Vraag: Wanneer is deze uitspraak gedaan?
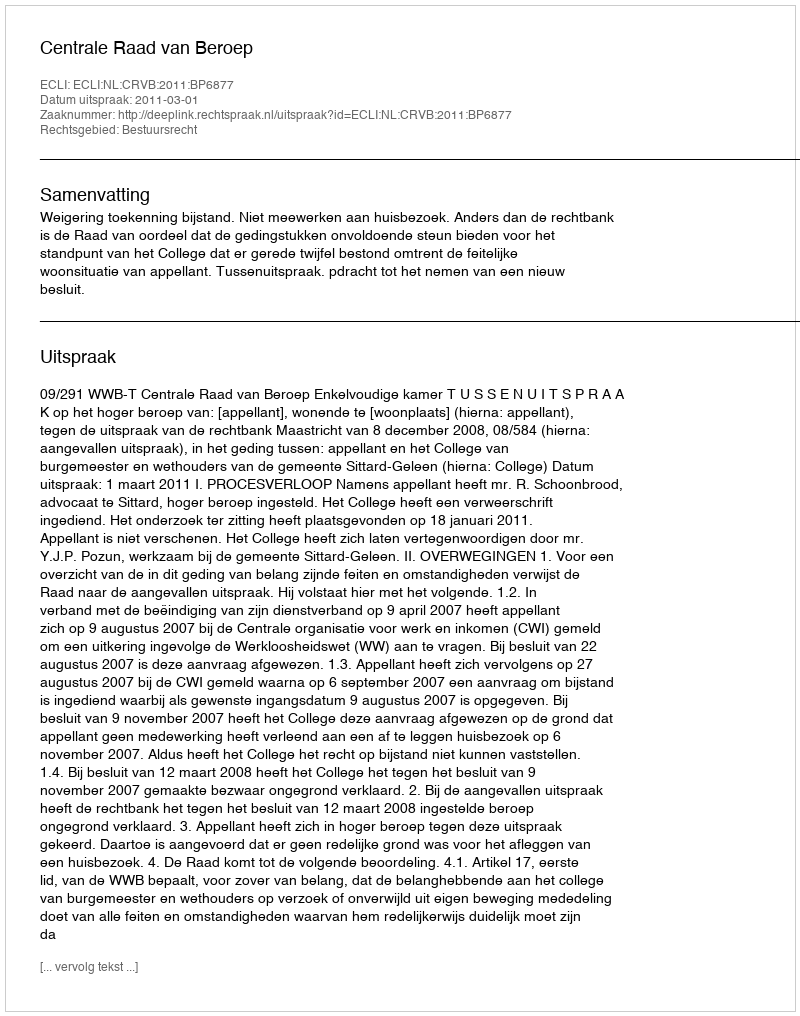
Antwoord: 2011-03-01